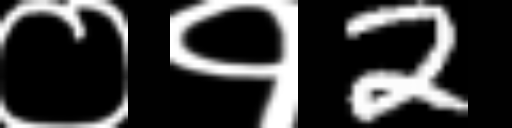
Text: ०१2